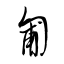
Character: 匍